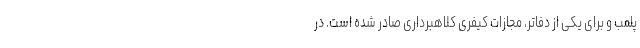
پلمب و برای یکی از دفاتر، مجازات کیفری کلاهبرداری صادر شده است. در